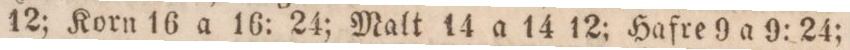
12; Korn 16 a 16: 24; Malt 14 a 14 12; Hafre 9 a 9: 24;